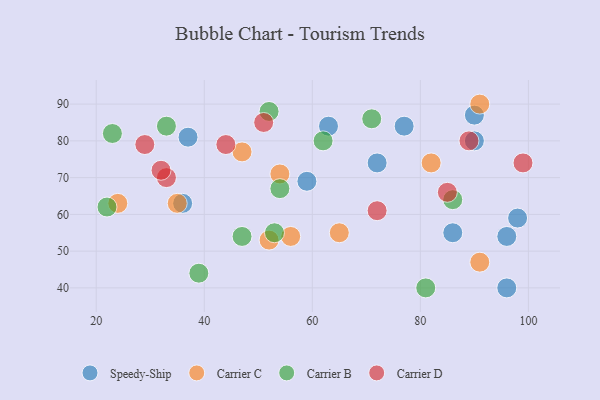
{"axis": {"x": "GDP", "y": "Life Expectancy"}, "legend": ["Carrier B", "Carrier C", "Carrier D", "Speedy-Ship"], "data": [{"x": "90", "y": 87, "type": "Speedy-Ship"}, {"x": "96", "y": 54, "type": "Speedy-Ship"}, {"x": "36", "y": 63, "type": "Speedy-Ship"}, {"x": "96", "y": 40, "type": "Speedy-Ship"}, {"x": "63", "y": 84, "type": "Speedy-Ship"}, {"x": "59", "y": 69, "type": "Speedy-Ship"}, {"x": "98", "y": 59, "type": "Speedy-Ship"}, {"x": "37", "y": 81, "type": "Speedy-Ship"}, {"x": "72", "y": 74, "type": "Speedy-Ship"}, {"x": "77", "y": 84, "type": "Speedy-Ship"}, {"x": "86", "y": 55, "type": "Speedy-Ship"}, {"x": "90", "y": 80, "type": "Speedy-Ship"}, {"x": "47", "y": 77, "type": "Carrier C"}, {"x": "91", "y": 90, "type": "Carrier C"}, {"x": "82", "y": 74, "type": "Carrier C"}, {"x": "54", "y": 71, "type": "Carrier C"}, {"x": "35", "y": 63, "type": "Carrier C"}, {"x": "91", "y": 47, "type": "Carrier C"}, {"x": "24", "y": 63, "type": "Carrier C"}, {"x": "65", "y": 55, "type": "Carrier C"}, {"x": "52", "y": 53, "type": "Carrier C"}, {"x": "56", "y": 54, "type": "Carrier C"}, {"x": "62", "y": 80, "type": "Carrier B"}, {"x": "86", "y": 64, "type": "Carrier B"}, {"x": "22", "y": 62, "type": "Carrier B"}, {"x": "54", "y": 67, "type": "Carrier B"}, {"x": "33", "y": 84, "type": "Carrier B"}, {"x": "53", "y": 55, "type": "Carrier B"}, {"x": "23", "y": 82, "type": "Carrier B"}, {"x": "52", "y": 88, "type": "Carrier B"}, {"x": "39", "y": 44, "type": "Carrier B"}, {"x": "81", "y": 40, "type": "Carrier B"}, {"x": "71", "y": 86, "type": "Carrier B"}, {"x": "47", "y": 54, "type": "Carrier B"}, {"x": "33", "y": 70, "type": "Carrier D"}, {"x": "89", "y": 80, "type": "Carrier D"}, {"x": "85", "y": 66, "type": "Carrier D"}, {"x": "51", "y": 85, "type": "Carrier D"}, {"x": "44", "y": 79, "type": "Carrier D"}, {"x": "72", "y": 61, "type": "Carrier D"}, {"x": "32", "y": 72, "type": "Carrier D"}, {"x": "29", "y": 79, "type": "Carrier D"}, {"x": "99", "y": 74, "type": "Carrier D"}]}